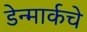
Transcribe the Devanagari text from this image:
डेन्मार्कचे